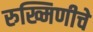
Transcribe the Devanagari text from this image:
रुख्मिणीचे